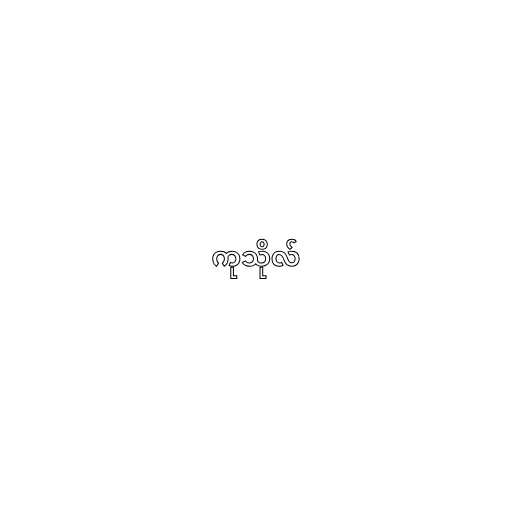
ကုသိုလ်